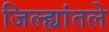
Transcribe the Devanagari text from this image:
जिल्ह्यांतले